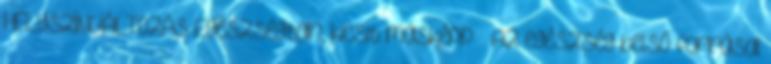
HELYSZÍNVÁLTOZÁS Egészségtan, kicsit másképp – Az egészség belső forrásai